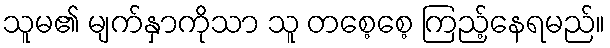
သူမ၏ မျက်နှာကိုသာ သူ တစေ့စေ့ ကြည့်နေရမည်။